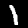
Digit: 1